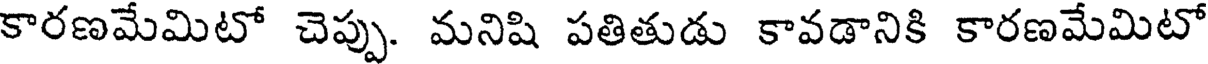
కారణమేమిటో చెప్పు. మనిషి పతితుడు కావడానికి కారణమేమిటో